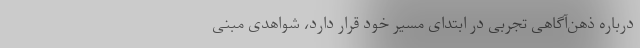
دربارهٔ ذهن‌آگاهی تجربی در ابتدای مسیر خود قرار دارد، شواهدی مبنی